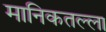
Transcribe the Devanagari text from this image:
मानिकतल्ला